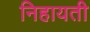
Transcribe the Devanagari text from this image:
निहायती